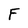
Character: F